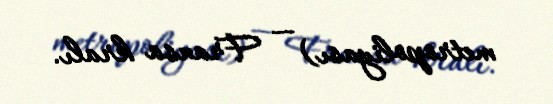
metropoliyası) — Fransa kralı.